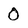
Character: 0